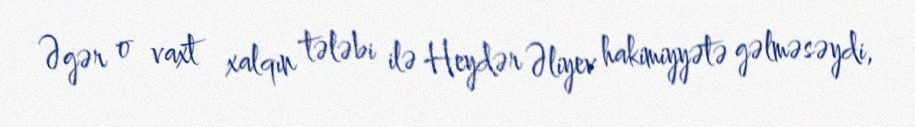
Əgər o vaxt xalqın tələbi ilə Heydər Əliyev hakimiyyətə gəlməsəydi,